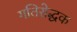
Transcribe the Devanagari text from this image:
गतिरोद्धक